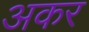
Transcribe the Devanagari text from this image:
अकर